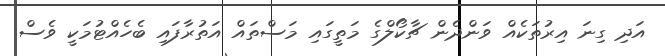
އަދި ގިނަ އިރުތަކެއް ވަންދެން ޗާކޯލްގެ މަތީގައި މަސްތައް އަތުރާފައި ބެހެއްޓުމަކީ ވެސް